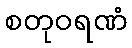
စတုဝရဏံ